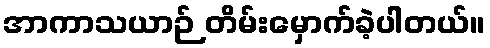
အာကာသယာဉ် တိမ်းမှောက်ခဲ့ပါတယ်။